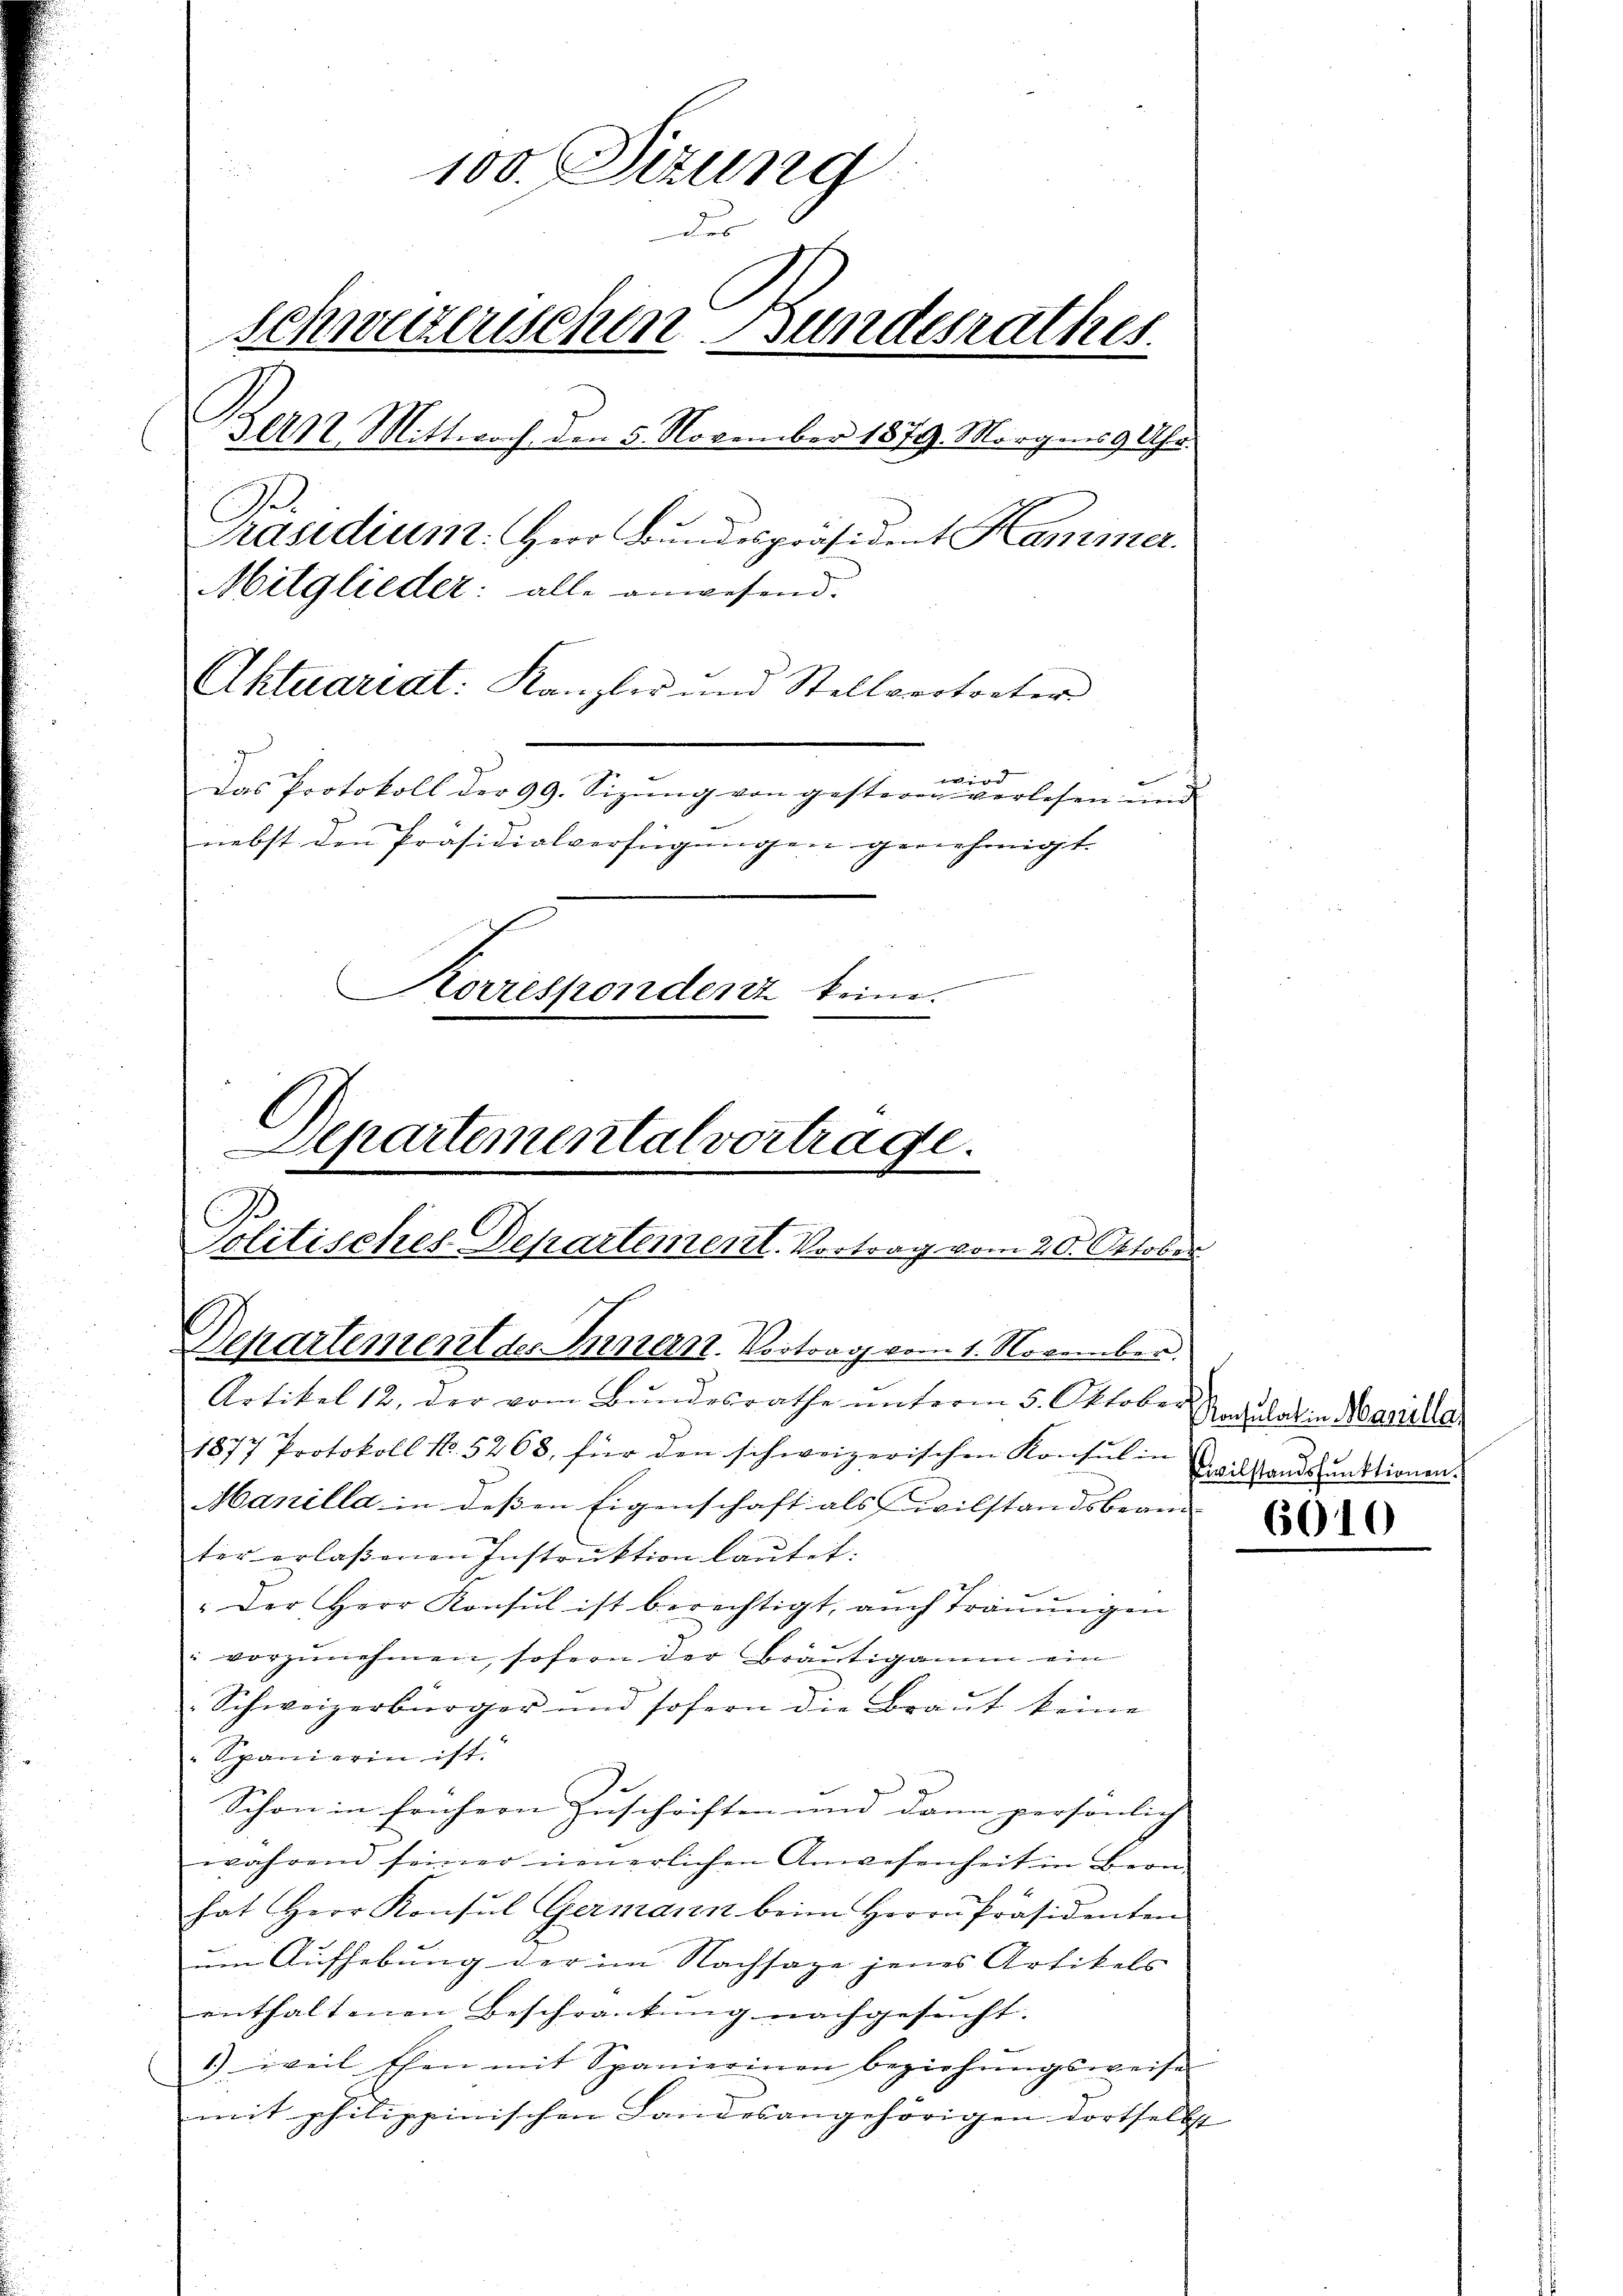
100. Sizung
dur
schweizerischen Bundesrathes.
Bern Mittwoch den 5. November 1879. Morgens 9 Uhr.
C
Präsidium. Herr Bundespräsident Hammer.
Mitglieder: alle anwesend.
Aktuariat: Kanzler und Stellvertreter
ever
Das Protokoll der 99. Sizŭng von gesteren verlesen und
nebst den Präsidialverfügŭngen genehmigt.
Korrespondenz keine.
l
Departemental vortrage.
e

Politisches Departement. Vortrag vom 20. Oktober
Departement des Innert. Vortrag vom 1. November.
Artikel 12, der vom Bundesrathe unterm 5. Oktober Aulatin Marillar

1877 Protokoll No. 5263, für den schweizerischen Konsul in Existandspunktionen.
Manilla in dessen Eigenschaft als wilstandsbeam- |
ter erlaßenen Instrŭktion laŭtet:
" Der Herr Konsul ist berechtigt, auch Trauungen
" vorzŭnehmen, sofern der Bräutigamm ein
Schweizerbürger und sofern die Braut keine
Spanierin ist.
Schon in frühern Zuschriften und dann persönlich
während seiner neuerlichen Anwesenheit in Bern
hat Herr Konsŭl Germann beim Herrn Präsidenten
um Aufhebung der im Nachsage jenes Artikels
enthaltenen Beschränkung nachgesucht.
1.) weil Ehen mit Spanierinen beziehŭngsweise
mit philippinischen Landesangehörigen dortselbst

66)

)